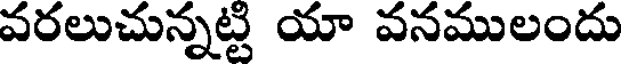
వరలుచున్నట్టి యా వనములందు